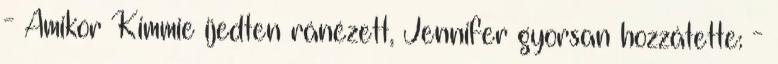
- Amikor Kimmie ijedten ránézett, Jennifer gyorsan hozzátette: -